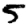
Digit: 5